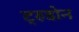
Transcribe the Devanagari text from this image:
ट्रुडोन